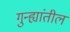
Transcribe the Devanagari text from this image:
गुन्ह्यांतील